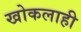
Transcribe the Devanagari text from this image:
खोकलाही